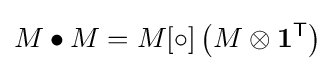
{M}\bullet {M}={M}[\circ ]\left({M}\otimes \mathbf {1} ^{\textsf {T}}\right)